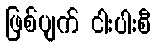
ဖြစ်ပျက် ငါးပါးစီ